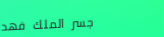
جسر الملك فهد